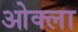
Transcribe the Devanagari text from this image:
ओक्ला